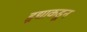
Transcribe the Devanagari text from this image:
हृद्याकडून